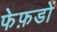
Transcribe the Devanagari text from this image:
फेफ़डों